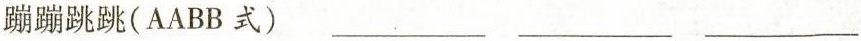
蹦蹦跳跳(AABB 式) ___ ___ ___